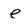
Character: e